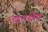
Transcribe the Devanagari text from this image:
वनक्षेत्रं